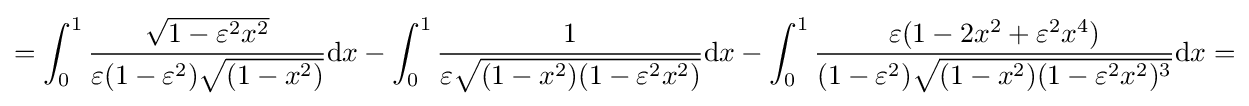
=\int _{0}^{1}{\frac {\sqrt {1-\varepsilon ^{2}x^{2}}}{\varepsilon (1-\varepsilon ^{2}){\sqrt {(1-x^{2})}}}}\mathrm {d} x-\int _{0}^{1}{\frac {1}{\varepsilon {\sqrt {(1-x^{2})(1-\varepsilon ^{2}x^{2})}}}}\mathrm {d} x-\int _{0}^{1}{\frac {\varepsilon (1-2x^{2}+\varepsilon ^{2}x^{4})}{(1-\varepsilon ^{2}){\sqrt {(1-x^{2})(1-\varepsilon ^{2}x^{2})^{3}}}}}\mathrm {d} x=